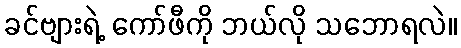
ခင်ဗျားရဲ့ ကော်ဖီကို ဘယ်လို သဘောရလဲ။